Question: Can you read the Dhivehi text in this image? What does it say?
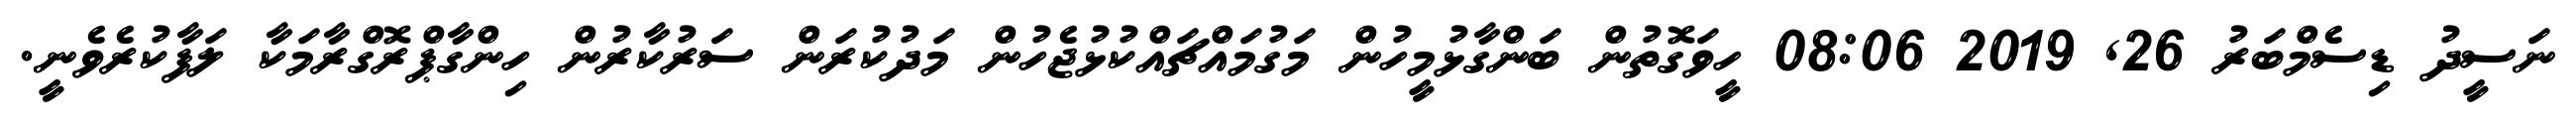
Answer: ނަސީދު ޑިސެމްބަރު 26, 2019 08:06 ހީވަގޮތުން ބަންގާޅުމީހުން މަގުމައްޗައްކުޅުޖެހުން މަދުކުރަން ސަރުކާރުން ހިންގާޕްރޮގްރާމަކާ ލަފާކުރެވެނީ.